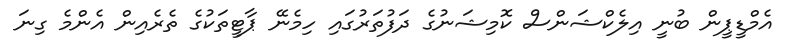
އެމްޑީޕީން ބުނީ އިލެކްޝަންސް ކޮމިޝަނުގެ ދަފުތަރުގައި ހިމެނޭ ޕާޓީތަކުގެ ތެރެއިން އެންމެ ގިނަ